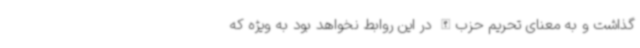
گذاشت و به معنای تحریم حزب‌الله در این روابط نخواهد بود به ویژه که